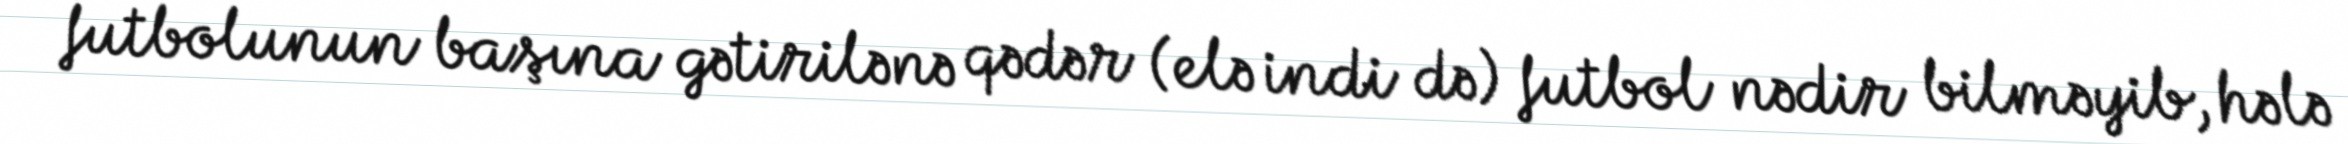
futbolunun başına gətirilənə qədər (elə indi də) futbol nədir bilməyib, hələ